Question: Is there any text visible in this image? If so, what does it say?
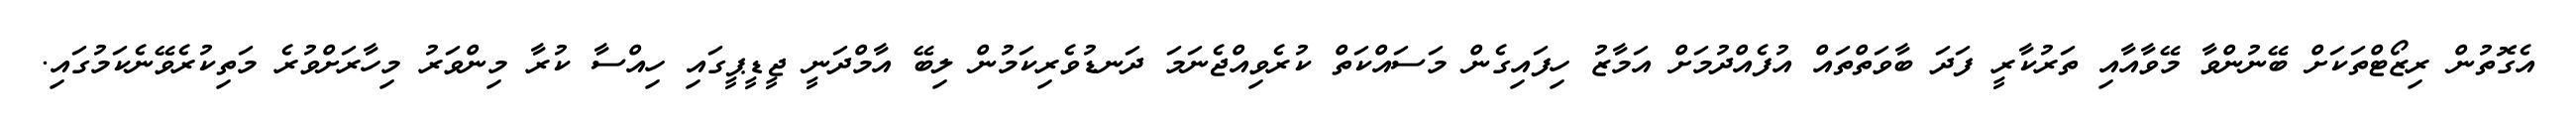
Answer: އެގޮތުން ރިޒޯޓްތަކަށް ބޭނުންވާ މޭވާއާއި ތަރުކާރީ ފަދަ ބާވަތްތައް އުފެއްދުމަށް އަމާޒު ހިފައިގެން މަސައްކަތް ކުރެވިއްޖެނަމަ ދަނޑުވެރިކަމުން ލިބޭ އާމްދަނީ ޖީޑީޕީގައި ހިއްސާ ކުރާ މިންވަރު މިހާރަށްވުރެ މަތިކުރެވޭނެކަމުގައި.